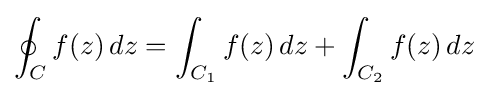
\oint _{C}f(z)\,dz=\int _{C_{1}}f(z)\,dz+\int _{C_{2}}f(z)\,dz